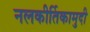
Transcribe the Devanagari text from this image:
नलकीर्तिकामुदी